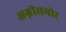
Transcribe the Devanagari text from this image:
अग्नीसमोर